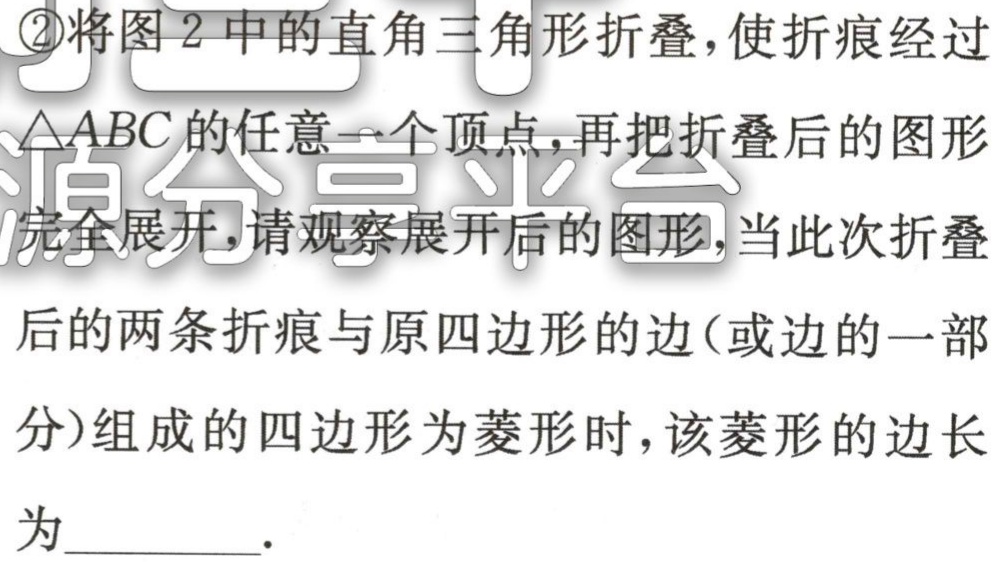
\textcircled{2}将图2中的直角三角形折叠，使折痕经过

$\triangle ABC$的任意一个顶点,再把折叠后的图形

完全展开,请观察展开后的图形,当此次折叠

后的两条折痕与原四边形的边(或边的一部

分)组成的四边形为菱形时，该菱形的边长

为________．